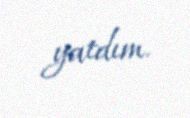
yatdım.